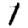
Digit: 1